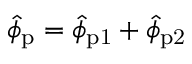
\hat { \phi } _ { \mathrm { p } } = \hat { \phi } _ { \mathrm { p 1 } } + \hat { \phi } _ { \mathrm { p 2 } }